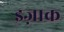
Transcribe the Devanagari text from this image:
इज़ाक